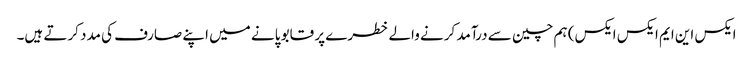
ایکس این ایم ایکس ایکس) ہم چین سے درآمد کرنے والے خطرے پر قابو پانے میں اپنے صارف کی مدد کرتے ہیں۔